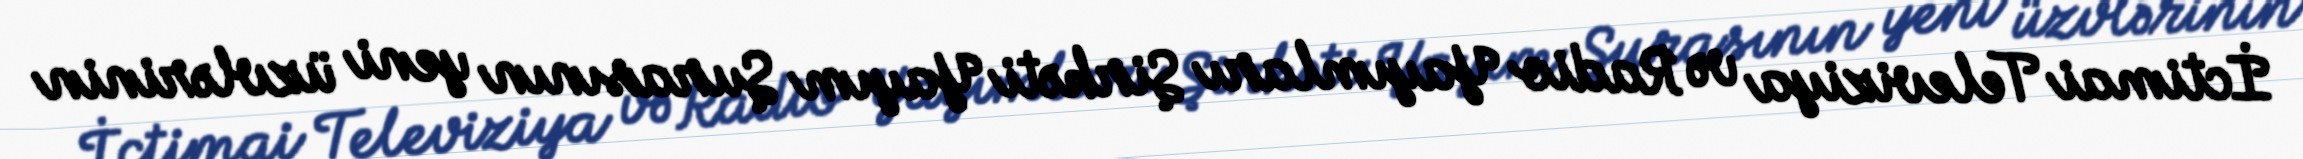
İctimai Televiziya və Radio Yayımları Şirkəti Yayım Şurasının yeni üzvlərinin